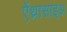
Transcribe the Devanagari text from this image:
ऐंथ्रासाइअ